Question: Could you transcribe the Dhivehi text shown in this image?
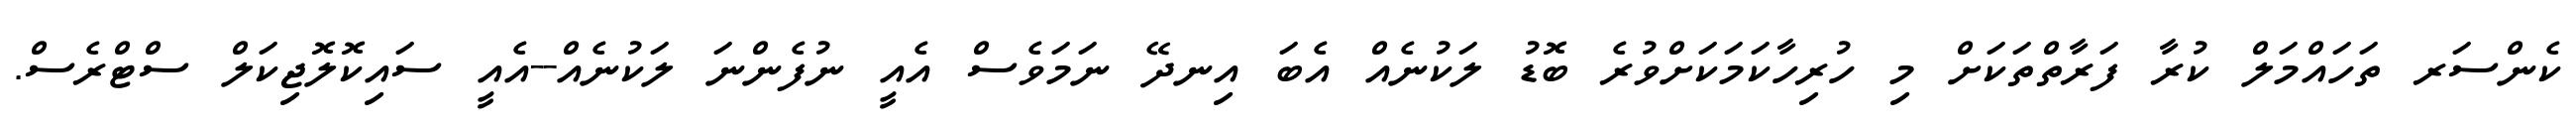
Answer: ކެންސަރ ތަހައްމަލް ކުރާ ފަރާތްތަކަށް މި ހުރިހާކަމަކަށްވުރެ ބޮޑު ލަކުނެއް އެބަ އިނދޭ ނަމަވެސް އެއީ ނުފެންނަ ލަކުނެއް--އެއީ ސައިކޮލޮޖިކަލް ސްޓްރެސް.